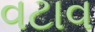
વટાવ